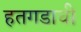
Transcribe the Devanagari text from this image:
हतगडाची